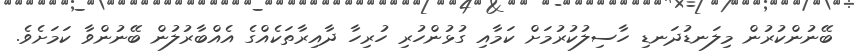
ބޭނުންކުރުން މިލަނޑުދަނޑި ހާސިލުކުރުމަށް ކަމާއި ގުޅުންހުރި ހުރިހާ ދާއިރާތަކެއްގެ އެއްބާރުލުން ބޭނުންވާ ކަމަށެވެ.